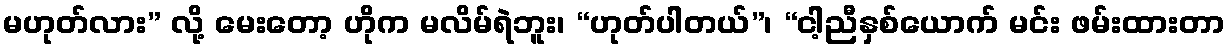
မဟုတ်လား” လို့ မေးတော့ ဟိုက မလိမ်ရဲဘူး၊ “ဟုတ်ပါတယ်”၊ “ငါ့ညီနှစ်ယောက် မင်း ဖမ်းထားတာ